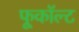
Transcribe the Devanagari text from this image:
फूकॉल्ट